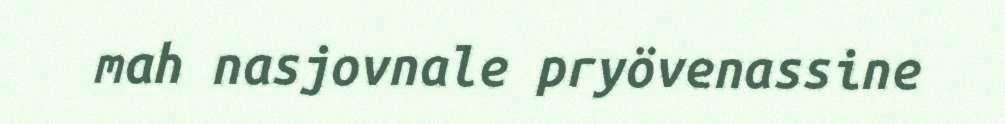
mah nasjovnale pryövenassine